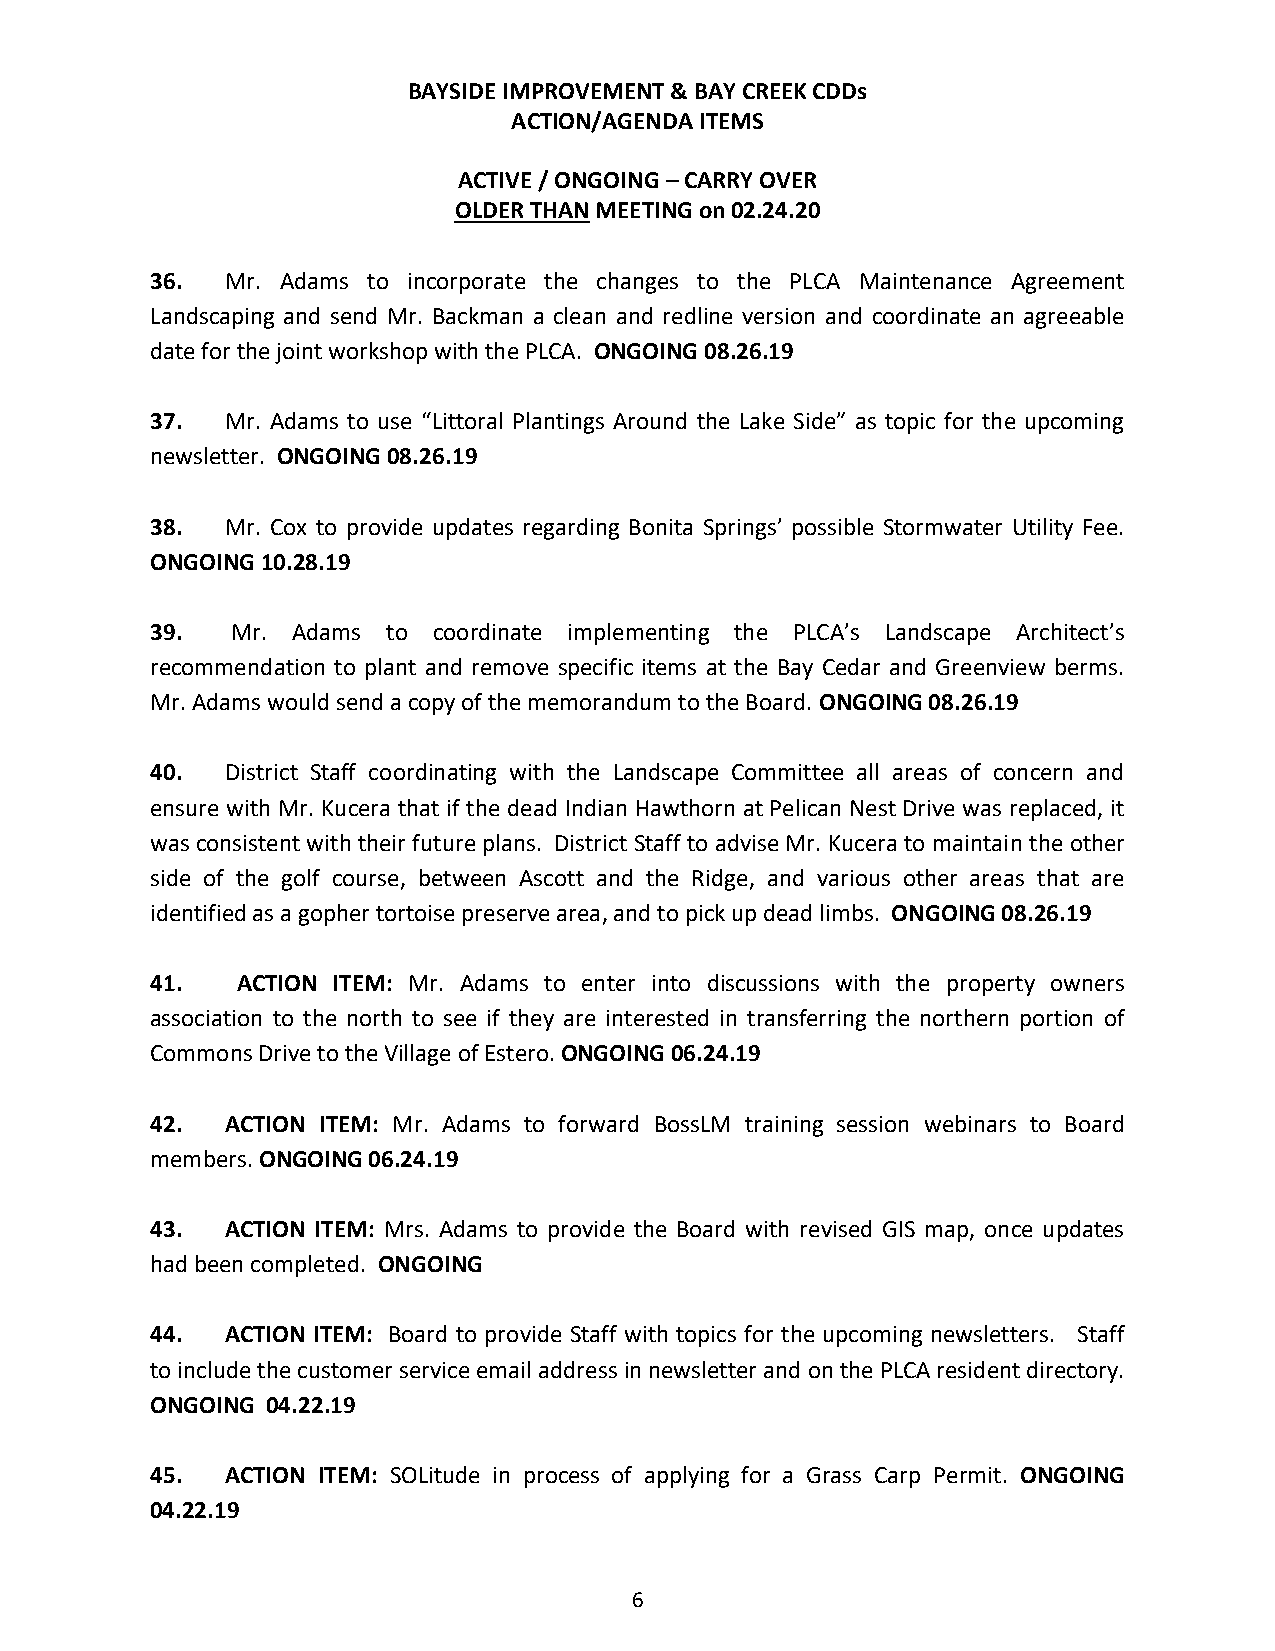
BAYSIDE IMPROVEMENT & BAY CREEK CDDs
 ACTION/AGENDA ITEMS
 ACTIVE / ONGOING – CARRY OVER
 OLDER THAN MEETING on 02.24.20
 36.  Mr. Adams to incorporate the changes to the PLCA Maintenance Agreement
 Landscaping and send Mr. Backman a clean and redline version and coordinate an agreeable
 date for the joint workshop with the PLCA. ONGOING 08.26.19
 37.  Mr. Adams to use “Littoral Plantings Around the Lake Side” as topic for the upcoming
 newsletter. ONGOING 08.26.19
 38.  Mr. Cox to provide updates regarding Bonita Springs’ possible Stormwater Utility Fee.
 ONGOING 10.28.19
 39.  Mr. Adams  to coordinate implementing the PLCA’s Landscape Architect’s
 recommendation to plant and remove specific items at the Bay Cedar and Greenview berms.
 Mr. Adams would send a copy of the memorandum to the Board. ONGOING 08.26.19
 40.  District Staff coordinating with the Landscape Committee all areas of concern and
 ensure with Mr. Kucera that if the dead Indian Hawthorn at Pelican Nest Drive was replaced, it
 was consistent with their future plans. District Staff to advise Mr. Kucera to maintain the other
 side of the golf course, between Ascott and the Ridge, and various other areas that are
 identified as a gopher tortoise preserve area, and to pick up dead limbs. ONGOING 08.26.19
 41.   ACTION ITEM: Mr. Adams to enter into discussions with the property owners
 association to the north to see if they are interested in transferring the northern portion of
 Commons Drive to the Village of Estero. ONGOING 06.24.19
 42.  ACTION ITEM: Mr. Adams to forward BossLM training session webinars to Board
 members. ONGOING 06.24.19
 43.  ACTION ITEM: Mrs. Adams to provide the Board with revised GIS map, once updates
 had been completed. ONGOING
 44.  ACTION ITEM: Board to provide Staff with topics for the upcoming newsletters. Staff
 to include the customer service email address in newsletter and on the PLCA resident directory.
 ONGOING 04.22.19
 45.  ACTION ITEM: SOLitude in process of applying for a Grass Carp Permit. ONGOING
 04.22.19
 6